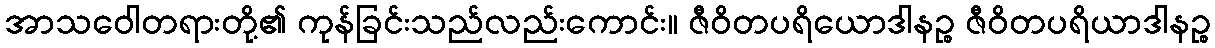
အာသဝေါတရားတို့၏ ကုန်ခြင်းသည်လည်းကောင်း။ ဇီဝိတပရိယောဒါနဉ္စ ဇီဝိတပရိယာဒါနဉ္စ